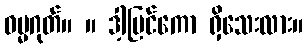
ဓမ္မဂုတ်။ ။ ဒါ့ပြင်ကော ရှိသေးလား။